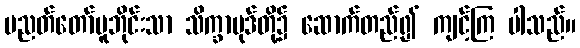
ပညတ်တော်မူဘိုင်းသာ သိက္ခာပုဒ်တို့၌ ဆောက်တည်၍ ကျင့်ကြ ပါသည်။